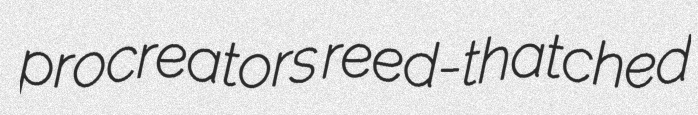
procreators reed-thatched